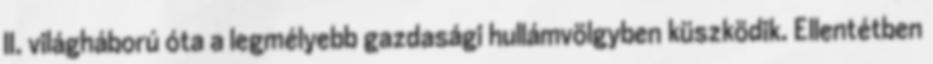
II. világháború óta a legmélyebb gazdasági hullámvölgyben küszködik. Ellentétben